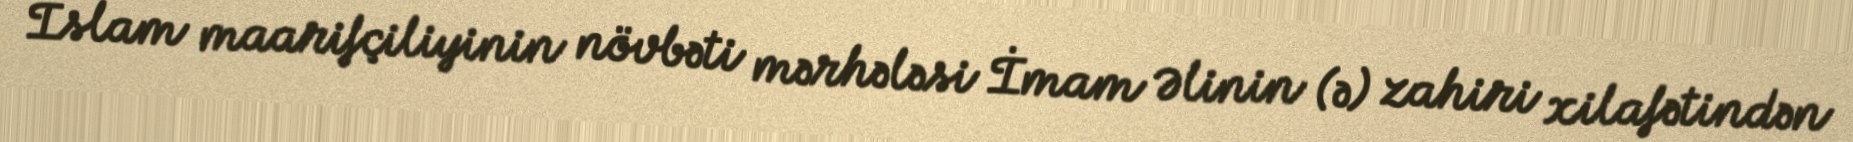
İslam maarifçiliyinin növbəti mərhələsi İmam Əlinin (ə) zahiri xilafətindən